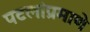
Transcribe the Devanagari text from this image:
पटलांप्रमाणे